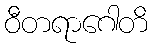
ဝီတရာဂေါတိ